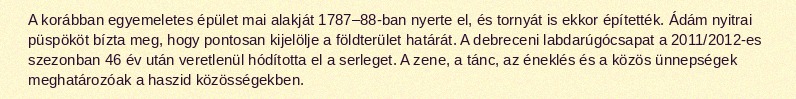
A korábban egyemeletes épület mai alakját 1787–88-ban nyerte el, és tornyát is ekkor építették. Ádám nyitrai püspököt bízta meg, hogy pontosan kijelölje a földterület határát. A debreceni labdarúgócsapat a 2011/2012-es szezonban 46 év után veretlenül hódította el a serleget. A zene, a tánc, az éneklés és a közös ünnepségek meghatározóak a haszid közösségekben.